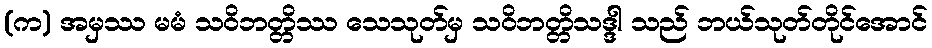
(က) အမှဿ မမံ သဝိဘတ္တိဿ သေသုတ်မှ သဝိဘတ္တိသဒ္ဒါ သည် ဘယ်သုတ်တိုင်အောင်